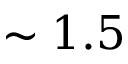
\sim 1 . 5